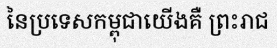
នៃប្រទេសកម្ពុជាយើងគឺ ព្រះរាជ